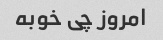
امروز چی خوبه